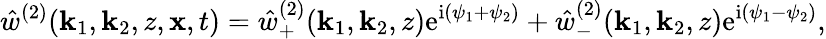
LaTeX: \hat{w}^{(2)}(\mathbf{k}_{1},\mathbf{k}_{2},z,\mathbf{x},t)=\hat{w}_{+}^{(2)}(\mathbf{k}_{1},\mathbf{k}_{2},z)\mathrm{e}^{\mathrm{i}(\psi_{1}+\psi_{2})}+\hat{w}_{-}^{(2)}(\mathbf{k}_{1},\mathbf{k}_{2},z)\mathrm{e}^{\mathrm{i}(\psi_{1}-\psi_{2})},